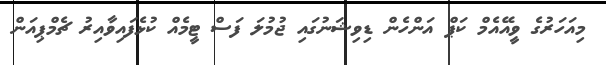
މިއަހަރުގެ ވީއޭއެމް ކަޕް އަންހެން ޑިވިޝަނުގައި ޖުމުލަ ފަސް ޓީމެއް ކުޅެފައިވާއިރު ޗެމްޕިއަން